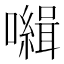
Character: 𡃃